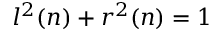
l ^ { 2 } ( n ) + r ^ { 2 } ( n ) = 1